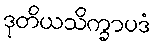
ဒုတိယသိက္ခာပဒံ